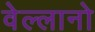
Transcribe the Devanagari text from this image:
वेल्लानो